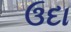
ઉદા